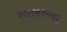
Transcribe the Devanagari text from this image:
म्युलरच्या